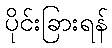
ပိုင်းခြားရန်